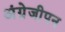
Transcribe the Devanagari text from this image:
अंग्रेजीपन